Vaccination in Bombay 1924-1928 - 1924-1928
Year: 1924
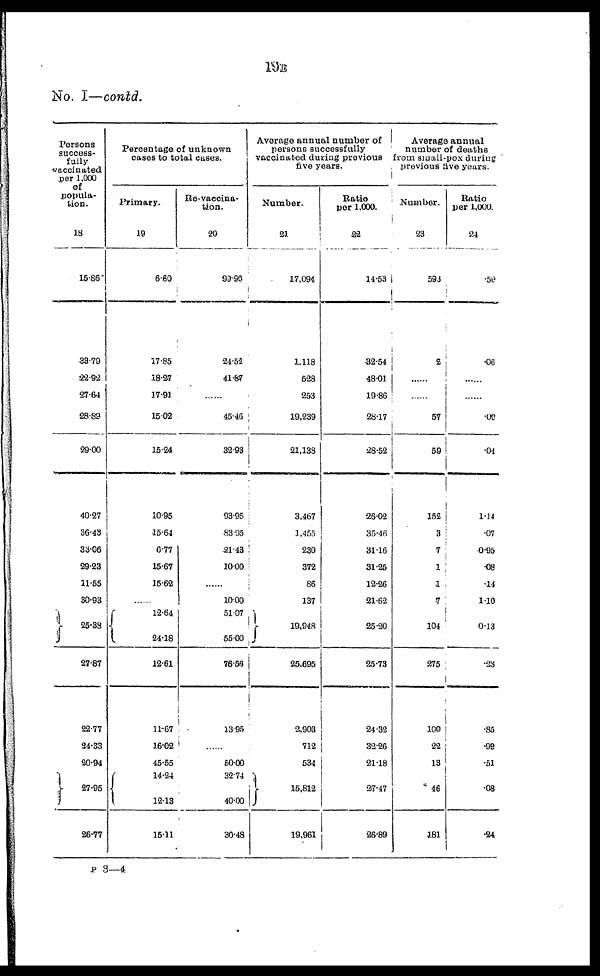
19B
No. I—contd.
Persons
success-
fully
vaccinated
per 1,000
of
popula-
tion.
18
15.86
33.79
22.92
27.64
28.89
29.00
40.27
36.43
33.06
29.23
11.55
30.93
25.38
27.87
22.77
24.33
20.94
27.95
26.77
Percentage of unknown
cases to total cases.
Primary.
19
6.60
17.85
18.27
17.91
15.02
15.24
10.95
15.64
6.77
15.67
15.62
......
12.64
24.18
12.61
11.67
16.02
45.55
14.24
12.13
15.11
Re-vaccina¬
tion.
20
99.90
24.52
41.87
......
45.46
32.93
93.95
83.95
21.43
10.00
......
10.00
51.07
55.00
76.56
13.95
......
50.00
32.74
40.00
30.48
Average annual number of
persons successfully
vaccinated during previous
five years.
Number.
21
17,094
1,118
528
253
19,239
21,138
3,467
1,455
230
372
86
137
19,948
25,695
2,903
712
534
15,812
19,961
Ratio
per 1,000.
22
14.53
32.54
48.01
19.86
28.17
28.52
26.02
35.46
31.16
31.25
12.26
21.62
25.20
25.73
24.32
32.26
21.18
27.47
26.89
Average annual
number of deaths
from small-pox during
previous five years.
Number.
23
593
2
......
......
57
59
152
3
7
1
1
7
104
275
100
22
13
46
181
Ratio
per 1,000.
24
.50
.06
......
......
.02
.04
1.14
.07
0.95
.08
.14
1.10
0.13
.28
.85
.92
.51
.08
.24
P 3—4